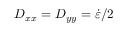
D _ { x x } = D _ { y y } = \dot { \varepsilon } / 2